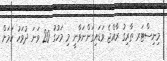
މިނިސްޓަރ ތާރިގު ރާއްޖެ ވަޑައިގަންނަވާނީ މި މަހުގު 20 ވަނަ ދުވަހު ކަމަށް